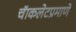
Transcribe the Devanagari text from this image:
चॅाकलेटप्रमाणे